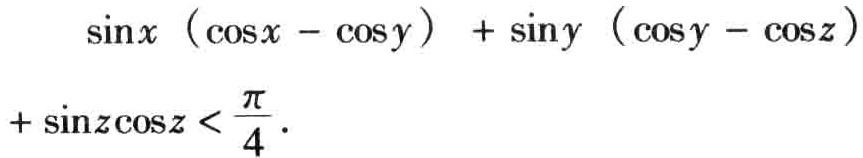
\(\sin x (\cos x - \cos y) + \sin y (\cos y - \cos z)+ \sin z\cos z < \frac{\pi}{4}\)